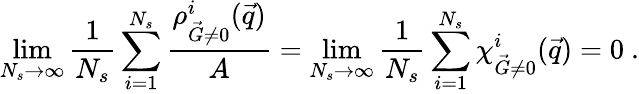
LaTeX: \operatorname*{lim}_{N_{s}\to\infty}\frac{1}{N_{s}}\sum_{i=1}^{N_{s}}\frac{{\rho_{\vec{G}\neq 0}^{i}(\vec{q})}}{A}=\operatorname*{lim}_{N_{s}\to\infty}\frac{1}{N_{s}}\sum_{i=1}^{N_{s}}{\chi_{\vec{G}\neq 0}^{i}(\vec{q})}=0\ .